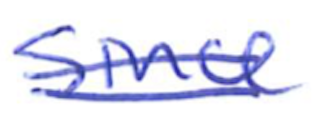
Text: since
Cross-out: double-line
Writing tool: ballpoint